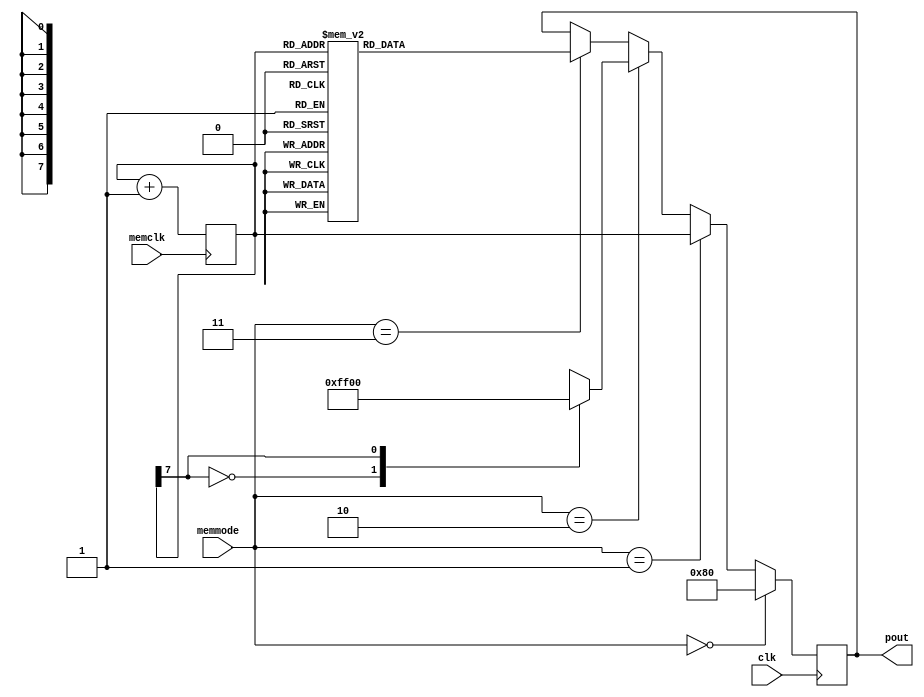
`timescale 1ns / 1ps
//////////////////////////////////////////////////////////////////////////////////
// Company: 
// Engineer: 
// 
// Design Name: 
// Module Name:    mem_sin 
// Project Name: 
// Target Devices: 
// Tool versions: 
// Description: 
//
// Dependencies: 
//
// Revision: 
// Revision 0.01 - File Created
// Additional Comments: 
//
//////////////////////////////////////////////////////////////////////////////////
module mem_sin(
    input wire clk, //50MHz
    input wire memclk, //
    input wire [1:0] memmode, //
    output reg [7:0] pout //
    );

// reg [19:0]cntdiv=0; //
reg [7:0] addr = 0; //3
// wire [7:0] pout_wire;

// always@(posedge memclk) //
//     // if(cntdiv=='b101111101011110000) // 1Hz
//     if(cntdiv=='b11000011) //992Hz
//     begin
//         addr<=addr+1;
//         cntdiv<=1'b0;
//     end
//     else
//         cntdiv<=cntdiv+1'b1;

always@(posedge memclk) addr <= addr+1;

// rom_sin rom_sin(clk, addr, pout);

always@(posedge clk) //
    if(memmode==2'b00) begin // Line
        pout<=8'b10000000;
        end
    else if(memmode==2'b01) begin // Triangular Wave
        pout <= addr;
        end
    else if(memmode==2'b10) begin // Square Wave
        case(addr[7])
            'b0:pout<=8'b11111111;
            'b1:pout<=8'b00000000;
        endcase
        end
    else if(memmode==2'b11) begin // Sine Wave
    case(addr)
        8'b00000000:pout<=8'b10000000;
        8'b00000001:pout<=8'b10000011;
        8'b00000010:pout<=8'b10000110;
        8'b00000011:pout<=8'b10001001;
        8'b00000100:pout<=8'b10001100;
        8'b00000101:pout<=8'b10001111;
        8'b00000110:pout<=8'b10010010;
        8'b00000111:pout<=8'b10010101;
        8'b00001000:pout<=8'b10011000;
        8'b00001001:pout<=8'b10011100;
        8'b00001010:pout<=8'b10011111;
        8'b00001011:pout<=8'b10100010;
        8'b00001100:pout<=8'b10100101;
        8'b00001101:pout<=8'b10101000;
        8'b00001110:pout<=8'b10101011;
        8'b00001111:pout<=8'b10101110;
        8'b00010000:pout<=8'b10110000;
        8'b00010001:pout<=8'b10110011;
        8'b00010010:pout<=8'b10110110;
        8'b00010011:pout<=8'b10111001;
        8'b00010100:pout<=8'b10111100;
        8'b00010101:pout<=8'b10111111;
        8'b00010110:pout<=8'b11000001;
        8'b00010111:pout<=8'b11000100;
        8'b00011000:pout<=8'b11000111;
        8'b00011001:pout<=8'b11001001;
        8'b00011010:pout<=8'b11001100;
        8'b00011011:pout<=8'b11001110;
        8'b00011100:pout<=8'b11010001;
        8'b00011101:pout<=8'b11010011;
        8'b00011110:pout<=8'b11010101;
        8'b00011111:pout<=8'b11011000;
        8'b00100000:pout<=8'b11011010;
        8'b00100001:pout<=8'b11011100;
        8'b00100010:pout<=8'b11011110;
        8'b00100011:pout<=8'b11100000;
        8'b00100100:pout<=8'b11100010;
        8'b00100101:pout<=8'b11100100;
        8'b00100110:pout<=8'b11100110;
        8'b00100111:pout<=8'b11101000;
        8'b00101000:pout<=8'b11101010;
        8'b00101001:pout<=8'b11101100;
        8'b00101010:pout<=8'b11101101;
        8'b00101011:pout<=8'b11101111;
        8'b00101100:pout<=8'b11110000;
        8'b00101101:pout<=8'b11110010;
        8'b00101110:pout<=8'b11110011;
        8'b00101111:pout<=8'b11110101;
        8'b00110000:pout<=8'b11110110;
        8'b00110001:pout<=8'b11110111;
        8'b00110010:pout<=8'b11111000;
        8'b00110011:pout<=8'b11111001;
        8'b00110100:pout<=8'b11111010;
        8'b00110101:pout<=8'b11111011;
        8'b00110110:pout<=8'b11111100;
        8'b00110111:pout<=8'b11111100;
        8'b00111000:pout<=8'b11111101;
        8'b00111001:pout<=8'b11111110;
        8'b00111010:pout<=8'b11111110;
        8'b00111011:pout<=8'b11111111;
        8'b00111100:pout<=8'b11111111;
        8'b00111101:pout<=8'b11111111;
        8'b00111110:pout<=8'b11111111;
        8'b00111111:pout<=8'b11111111;
        8'b01000000:pout<=8'b11111111;
        8'b01000001:pout<=8'b11111111;
        8'b01000010:pout<=8'b11111111;
        8'b01000011:pout<=8'b11111111;
        8'b01000100:pout<=8'b11111111;
        8'b01000101:pout<=8'b11111111;
        8'b01000110:pout<=8'b11111110;
        8'b01000111:pout<=8'b11111110;
        8'b01001000:pout<=8'b11111101;
        8'b01001001:pout<=8'b11111100;
        8'b01001010:pout<=8'b11111100;
        8'b01001011:pout<=8'b11111011;
        8'b01001100:pout<=8'b11111010;
        8'b01001101:pout<=8'b11111001;
        8'b01001110:pout<=8'b11111000;
        8'b01001111:pout<=8'b11110111;
        8'b01010000:pout<=8'b11110110;
        8'b01010001:pout<=8'b11110101;
        8'b01010010:pout<=8'b11110011;
        8'b01010011:pout<=8'b11110010;
        8'b01010100:pout<=8'b11110000;
        8'b01010101:pout<=8'b11101111;
        8'b01010110:pout<=8'b11101101;
        8'b01010111:pout<=8'b11101100;
        8'b01011000:pout<=8'b11101010;
        8'b01011001:pout<=8'b11101000;
        8'b01011010:pout<=8'b11100110;
        8'b01011011:pout<=8'b11100100;
        8'b01011100:pout<=8'b11100010;
        8'b01011101:pout<=8'b11100000;
        8'b01011110:pout<=8'b11011110;
        8'b01011111:pout<=8'b11011100;
        8'b01100000:pout<=8'b11011010;
        8'b01100001:pout<=8'b11011000;
        8'b01100010:pout<=8'b11010101;
        8'b01100011:pout<=8'b11010011;
        8'b01100100:pout<=8'b11010001;
        8'b01100101:pout<=8'b11001110;
        8'b01100110:pout<=8'b11001100;
        8'b01100111:pout<=8'b11001001;
        8'b01101000:pout<=8'b11000111;
        8'b01101001:pout<=8'b11000100;
        8'b01101010:pout<=8'b11000001;
        8'b01101011:pout<=8'b10111111;
        8'b01101100:pout<=8'b10111100;
        8'b01101101:pout<=8'b10111001;
        8'b01101110:pout<=8'b10110110;
        8'b01101111:pout<=8'b10110011;
        8'b01110000:pout<=8'b10110000;
        8'b01110001:pout<=8'b10101110;
        8'b01110010:pout<=8'b10101011;
        8'b01110011:pout<=8'b10101000;
        8'b01110100:pout<=8'b10100101;
        8'b01110101:pout<=8'b10100010;
        8'b01110110:pout<=8'b10011111;
        8'b01110111:pout<=8'b10011100;
        8'b01111000:pout<=8'b10011000;
        8'b01111001:pout<=8'b10010101;
        8'b01111010:pout<=8'b10010010;
        8'b01111011:pout<=8'b10001111;
        8'b01111100:pout<=8'b10001100;
        8'b01111101:pout<=8'b10001001;
        8'b01111110:pout<=8'b10000110;
        8'b01111111:pout<=8'b10000011;
        8'b10000000:pout<=8'b10000000;
        8'b10000001:pout<=8'b01111100;
        8'b10000010:pout<=8'b01111001;
        8'b10000011:pout<=8'b01110110;
        8'b10000100:pout<=8'b01110011;
        8'b10000101:pout<=8'b01110000;
        8'b10000110:pout<=8'b01101101;
        8'b10000111:pout<=8'b01101010;
        8'b10001000:pout<=8'b01100111;
        8'b10001001:pout<=8'b01100011;
        8'b10001010:pout<=8'b01100000;
        8'b10001011:pout<=8'b01011101;
        8'b10001100:pout<=8'b01011010;
        8'b10001101:pout<=8'b01010111;
        8'b10001110:pout<=8'b01010100;
        8'b10001111:pout<=8'b01010001;
        8'b10010000:pout<=8'b01001111;
        8'b10010001:pout<=8'b01001100;
        8'b10010010:pout<=8'b01001001;
        8'b10010011:pout<=8'b01000110;
        8'b10010100:pout<=8'b01000011;
        8'b10010101:pout<=8'b01000000;
        8'b10010110:pout<=8'b00111110;
        8'b10010111:pout<=8'b00111011;
        8'b10011000:pout<=8'b00111000;
        8'b10011001:pout<=8'b00110110;
        8'b10011010:pout<=8'b00110011;
        8'b10011011:pout<=8'b00110001;
        8'b10011100:pout<=8'b00101110;
        8'b10011101:pout<=8'b00101100;
        8'b10011110:pout<=8'b00101010;
        8'b10011111:pout<=8'b00100111;
        8'b10100000:pout<=8'b00100101;
        8'b10100001:pout<=8'b00100011;
        8'b10100010:pout<=8'b00100001;
        8'b10100011:pout<=8'b00011111;
        8'b10100100:pout<=8'b00011101;
        8'b10100101:pout<=8'b00011011;
        8'b10100110:pout<=8'b00011001;
        8'b10100111:pout<=8'b00010111;
        8'b10101000:pout<=8'b00010101;
        8'b10101001:pout<=8'b00010011;
        8'b10101010:pout<=8'b00010010;
        8'b10101011:pout<=8'b00010000;
        8'b10101100:pout<=8'b00001111;
        8'b10101101:pout<=8'b00001101;
        8'b10101110:pout<=8'b00001100;
        8'b10101111:pout<=8'b00001010;
        8'b10110000:pout<=8'b00001001;
        8'b10110001:pout<=8'b00001000;
        8'b10110010:pout<=8'b00000111;
        8'b10110011:pout<=8'b00000110;
        8'b10110100:pout<=8'b00000101;
        8'b10110101:pout<=8'b00000100;
        8'b10110110:pout<=8'b00000011;
        8'b10110111:pout<=8'b00000011;
        8'b10111000:pout<=8'b00000010;
        8'b10111001:pout<=8'b00000001;
        8'b10111010:pout<=8'b00000001;
        8'b10111011:pout<=8'b00000000;
        8'b10111100:pout<=8'b00000000;
        8'b10111101:pout<=8'b00000000;
        8'b10111110:pout<=8'b00000000;
        8'b10111111:pout<=8'b00000000;
        8'b11000000:pout<=8'b00000000;
        8'b11000001:pout<=8'b00000000;
        8'b11000010:pout<=8'b00000000;
        8'b11000011:pout<=8'b00000000;
        8'b11000100:pout<=8'b00000000;
        8'b11000101:pout<=8'b00000000;
        8'b11000110:pout<=8'b00000001;
        8'b11000111:pout<=8'b00000001;
        8'b11001000:pout<=8'b00000010;
        8'b11001001:pout<=8'b00000011;
        8'b11001010:pout<=8'b00000011;
        8'b11001011:pout<=8'b00000100;
        8'b11001100:pout<=8'b00000101;
        8'b11001101:pout<=8'b00000110;
        8'b11001110:pout<=8'b00000111;
        8'b11001111:pout<=8'b00001000;
        8'b11010000:pout<=8'b00001001;
        8'b11010001:pout<=8'b00001010;
        8'b11010010:pout<=8'b00001100;
        8'b11010011:pout<=8'b00001101;
        8'b11010100:pout<=8'b00001111;
        8'b11010101:pout<=8'b00010000;
        8'b11010110:pout<=8'b00010010;
        8'b11010111:pout<=8'b00010011;
        8'b11011000:pout<=8'b00010101;
        8'b11011001:pout<=8'b00010111;
        8'b11011010:pout<=8'b00011001;
        8'b11011011:pout<=8'b00011011;
        8'b11011100:pout<=8'b00011101;
        8'b11011101:pout<=8'b00011111;
        8'b11011110:pout<=8'b00100001;
        8'b11011111:pout<=8'b00100011;
        8'b11100000:pout<=8'b00100101;
        8'b11100001:pout<=8'b00100111;
        8'b11100010:pout<=8'b00101010;
        8'b11100011:pout<=8'b00101100;
        8'b11100100:pout<=8'b00101110;
        8'b11100101:pout<=8'b00110001;
        8'b11100110:pout<=8'b00110011;
        8'b11100111:pout<=8'b00110110;
        8'b11101000:pout<=8'b00111000;
        8'b11101001:pout<=8'b00111011;
        8'b11101010:pout<=8'b00111110;
        8'b11101011:pout<=8'b01000000;
        8'b11101100:pout<=8'b01000011;
        8'b11101101:pout<=8'b01000110;
        8'b11101110:pout<=8'b01001001;
        8'b11101111:pout<=8'b01001100;
        8'b11110000:pout<=8'b01001111;
        8'b11110001:pout<=8'b01010001;
        8'b11110010:pout<=8'b01010100;
        8'b11110011:pout<=8'b01010111;
        8'b11110100:pout<=8'b01011010;
        8'b11110101:pout<=8'b01011101;
        8'b11110110:pout<=8'b01100000;
        8'b11110111:pout<=8'b01100011;
        8'b11111000:pout<=8'b01100111;
        8'b11111001:pout<=8'b01101010;
        8'b11111010:pout<=8'b01101101;
        8'b11111011:pout<=8'b01110000;
        8'b11111100:pout<=8'b01110011;
        8'b11111101:pout<=8'b01110110;
        8'b11111110:pout<=8'b01111001;
        8'b11111111:pout<=8'b01111100;
        endcase
        end
endmodule